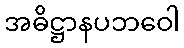
အဓိဋ္ဌာနပဘဝေါ